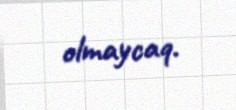
olmaycaq.